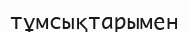
тұмсықтарымен